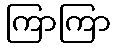
ကြာကြာ